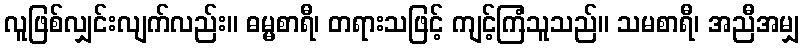
လူဖြစ်လျှင်းလျက်လည်း။ ဓမ္မစာရီ၊ တရားသဖြင့် ကျင့်ကြံသူသည်။ သမစာရီ၊ အညီအမျှ